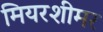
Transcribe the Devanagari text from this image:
मियरशीमर